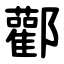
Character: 酄